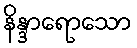
နိန္ဒာရောသော